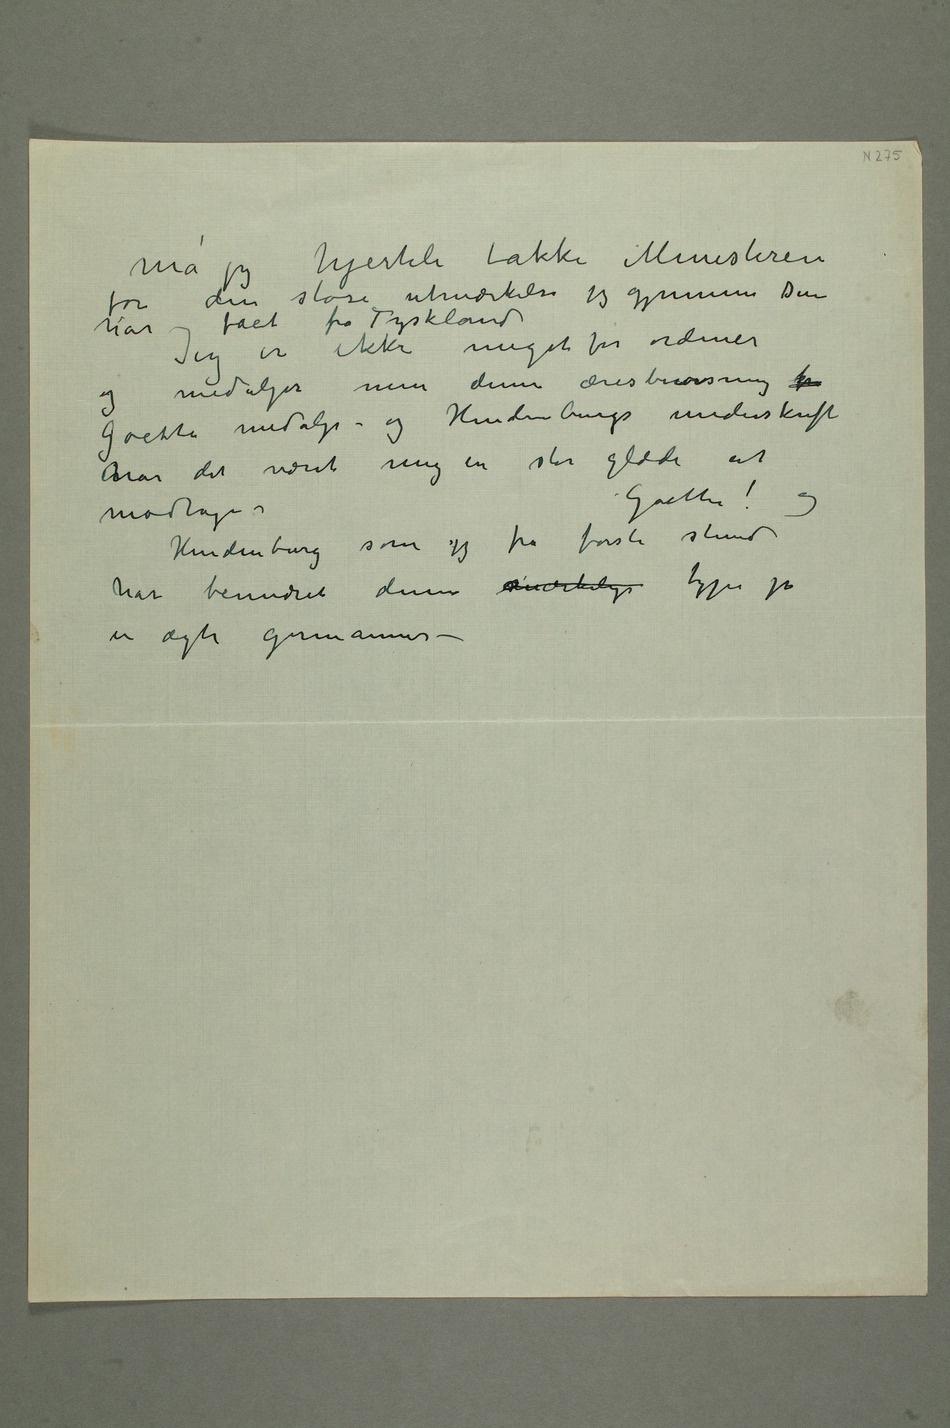
Må jeg hjerteli takke Ministeren
for den store utmærkelse jeg gjennem Dem
har fået fra Tyskland
Jeg er ikke meget for ordener
men denne æresbevisning for
Hindenburgs underskrift har det
mig en stor glæde at modtage
–Goethe! og
som jeg fra første stund har
en ægte germanner